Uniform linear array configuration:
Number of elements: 8
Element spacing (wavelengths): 0.75
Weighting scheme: kaiser
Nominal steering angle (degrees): -15
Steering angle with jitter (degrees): -16.223
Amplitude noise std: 0.05
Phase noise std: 0.05

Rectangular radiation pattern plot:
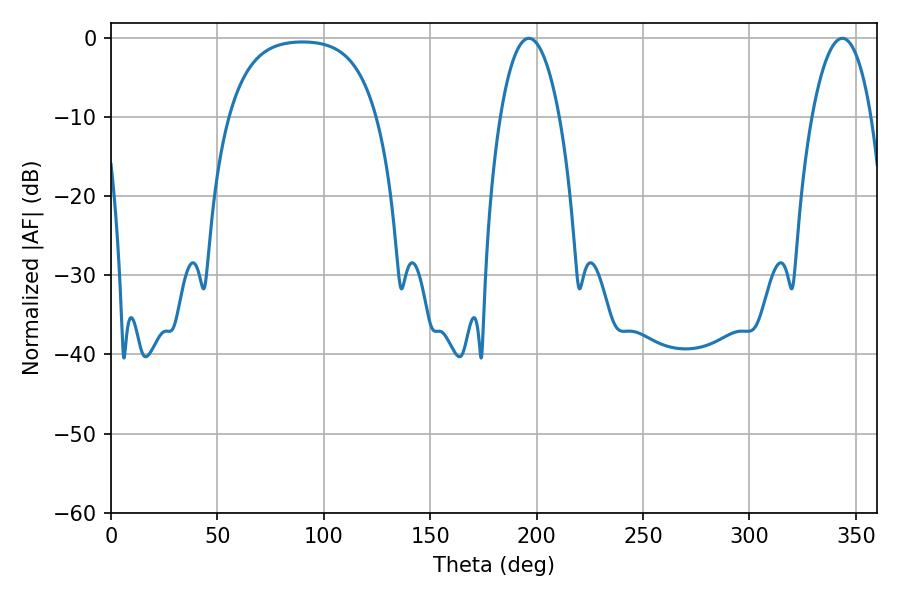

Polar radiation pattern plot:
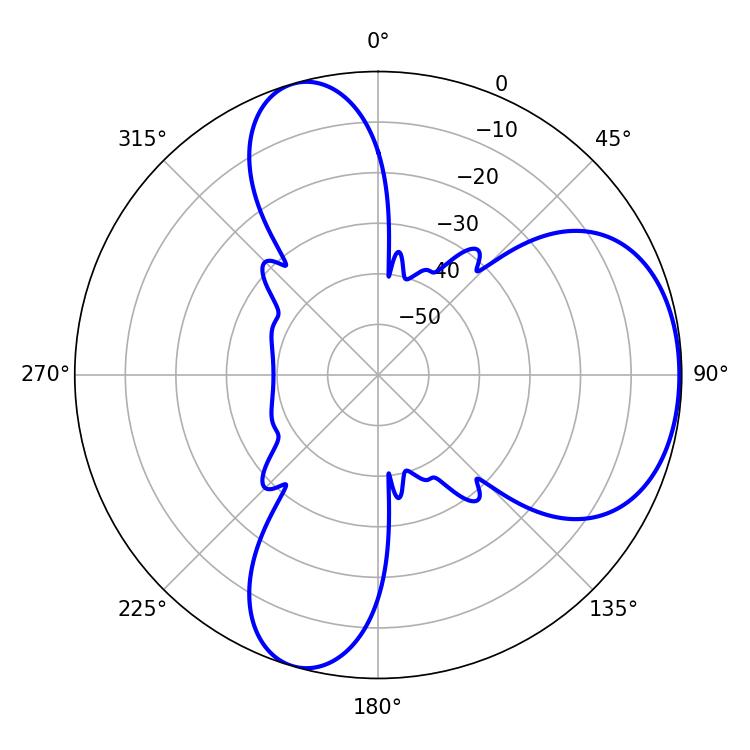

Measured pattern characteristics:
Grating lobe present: TRUE
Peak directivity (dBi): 5.57
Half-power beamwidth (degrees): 15.48
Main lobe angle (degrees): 343.62